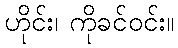
ဟိုင်း၊ ကိုခင်ဝင်း။